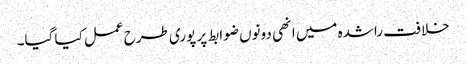
خلافت راشدہ میں انھی دونوں ضوابط پر پوری طرح عمل کیا گیا۔